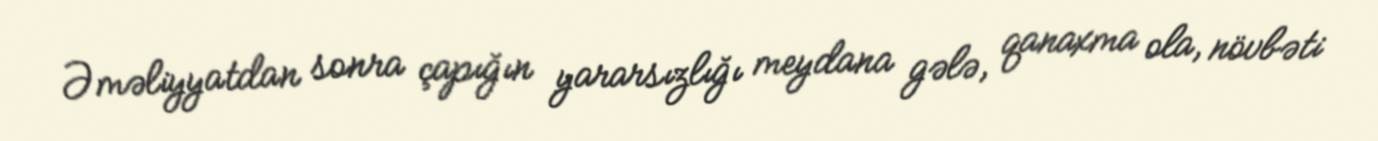
Əməliyyatdan sonra çapığın yararsızlığı meydana gələ, qanaxma ola, növbəti